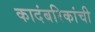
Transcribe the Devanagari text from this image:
कादंबरिकांची